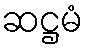
ဆဋ္ဌမံ